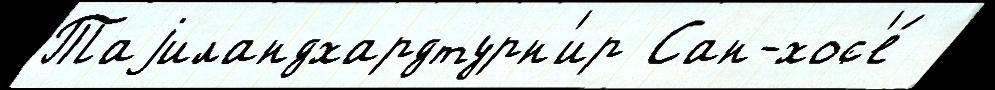
Таjиландхардтурн'ир Сан-хос'е́